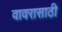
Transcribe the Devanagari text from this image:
वावरासाठी